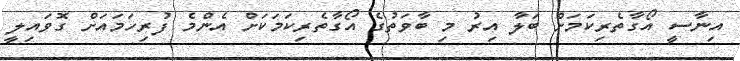
އިނާސީ އޯގާތެރިކަމަށް ބަލާ އިރު މި ބާވަތުގެ އޯގާތެރިކަމަކަށް އެންމެ ފުރިހަމައަށް ގޮވައިލީ